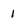
Character: 1